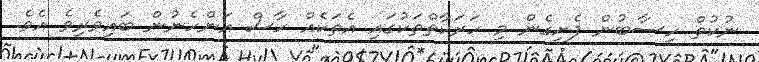
ނުކުތް ހިސާބުން ފެށިގެން މި ހަރަކާތްތަކުގައި އެތަކެއް ހާސް އަންހެނުން ބައިވެރިވެ އެވެ.